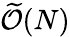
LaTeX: \widetilde{\mathcal{O}}(N)